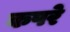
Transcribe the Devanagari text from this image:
कपरे